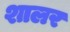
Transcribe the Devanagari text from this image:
शालर